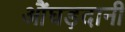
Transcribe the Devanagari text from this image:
औंघड़दानी